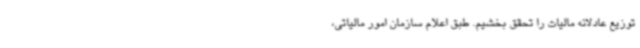
توزیع عادلانه مالیات را تحقق‌ بخشیم. طبق اعلام سازمان امور مالیاتی،